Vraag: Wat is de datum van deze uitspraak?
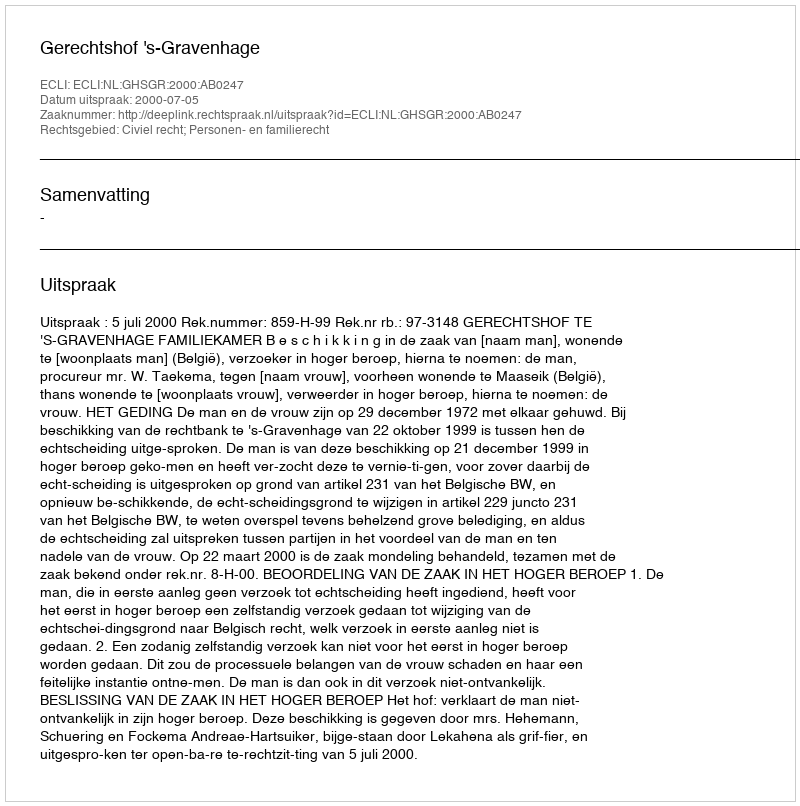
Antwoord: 2000-07-05